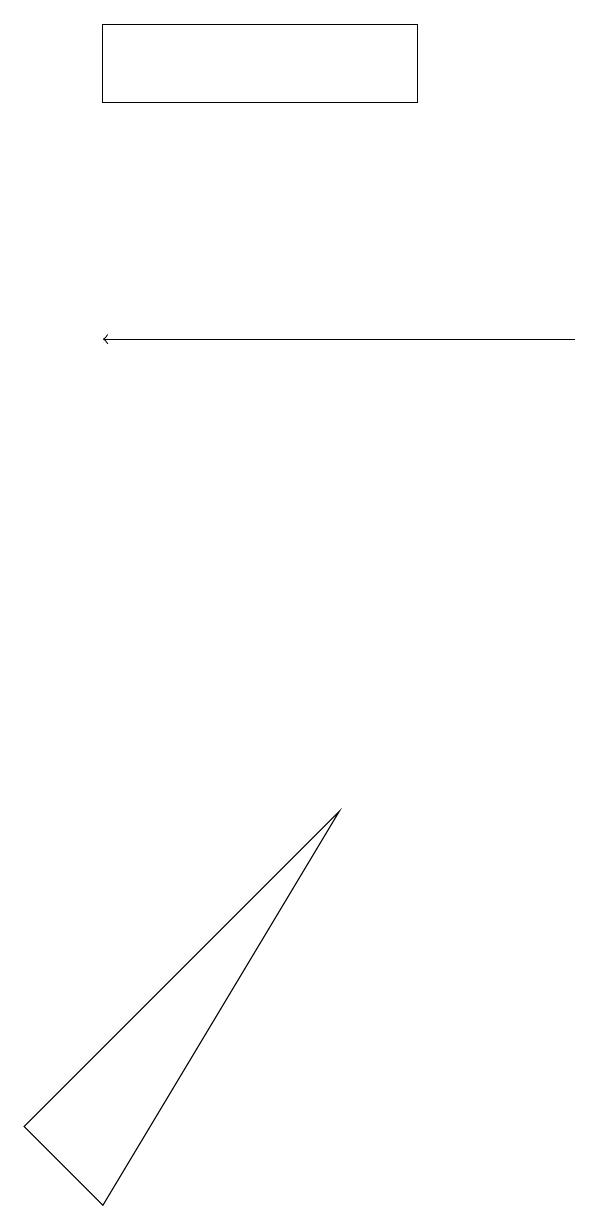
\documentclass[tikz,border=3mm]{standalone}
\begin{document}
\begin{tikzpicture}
\draw (5,7) -- (2,2) -- (1,3) -- cycle;
\draw[->] (8,13) -- (2,13);
\draw (2,16) rectangle (6,17);
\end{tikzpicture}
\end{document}